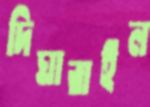
দিঘারাইল